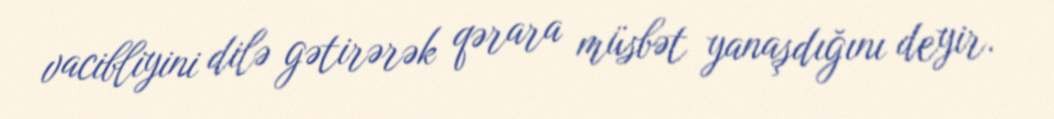
vacibliyini dilə gətirərək qərara müsbət yanaşdığını deyir.